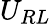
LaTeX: U_{RL}